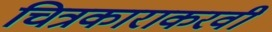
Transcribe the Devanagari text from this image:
चित्रकाराकरवी